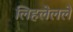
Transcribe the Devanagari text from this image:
लिहलेलले